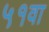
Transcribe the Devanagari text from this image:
५१वा